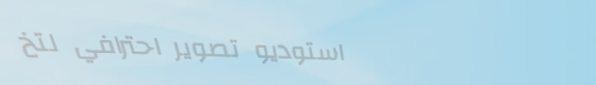
استوديو تصوير احترافي لتخ